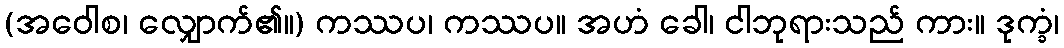
(အဝေါစ၊ လျှောက်၏။) ကဿပ၊ ကဿပ။ အဟံ ခေါ၊ ငါဘုရားသည် ကား။ ဒုက္ခံ၊